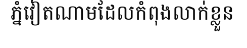
ភ្នំវៀតណាមដែលកំពុងលាក់ខ្លួន